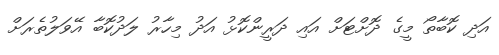
އަދި ކޮބާތޯ މީގެ ދޮށްޓަށް އައި ދަރީންކޮޅު އަދު މިހާރު ލަދުކޮބާ އޭވަލުތެރަށް